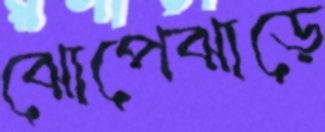
ঝোপেঝাড়ে